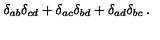
\delta _ { a b } \delta _ { c d } + \delta _ { a c } \delta _ { b d } + \delta _ { a d } \delta _ { b c } \: .